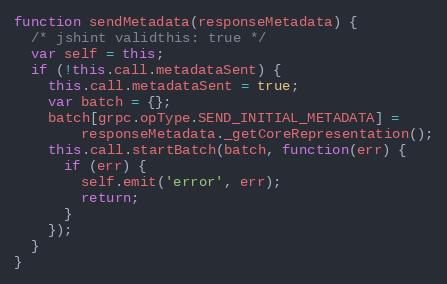
Language: JavaScript
function sendMetadata(responseMetadata) {
  /* jshint validthis: true */
  var self = this;
  if (!this.call.metadataSent) {
    this.call.metadataSent = true;
    var batch = {};
    batch[grpc.opType.SEND_INITIAL_METADATA] =
        responseMetadata._getCoreRepresentation();
    this.call.startBatch(batch, function(err) {
      if (err) {
        self.emit('error', err);
        return;
      }
    });
  }
}